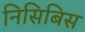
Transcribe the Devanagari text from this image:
निसिबिस